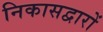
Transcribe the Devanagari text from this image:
निकासद्वारों